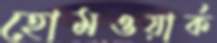
হোমওয়ার্ক